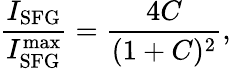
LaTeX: \frac{I_{\mathrm{SFG}}}{I_{\mathrm{SFG}}^{\mathrm{max}}}=\frac{4C}{(1+C)^{2}},